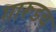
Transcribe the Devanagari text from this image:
गारूडच